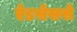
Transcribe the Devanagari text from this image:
ऐडसेंससे